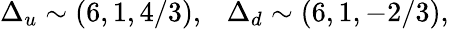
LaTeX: \Delta_{u}\sim(6,1,4/3),~~~\Delta_{d}\sim(6,1,-2/3),